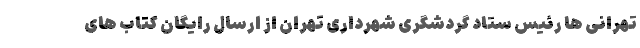
تهرانی ها رئیس ستاد گردشگری شهرداری تهران از ارسال رایگان کتاب های